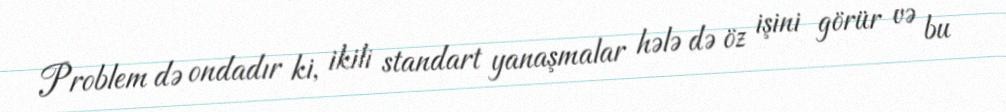
Problem də ondadır ki, ikili standart yanaşmalar hələ də öz işini görür və bu